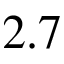
2 . 7